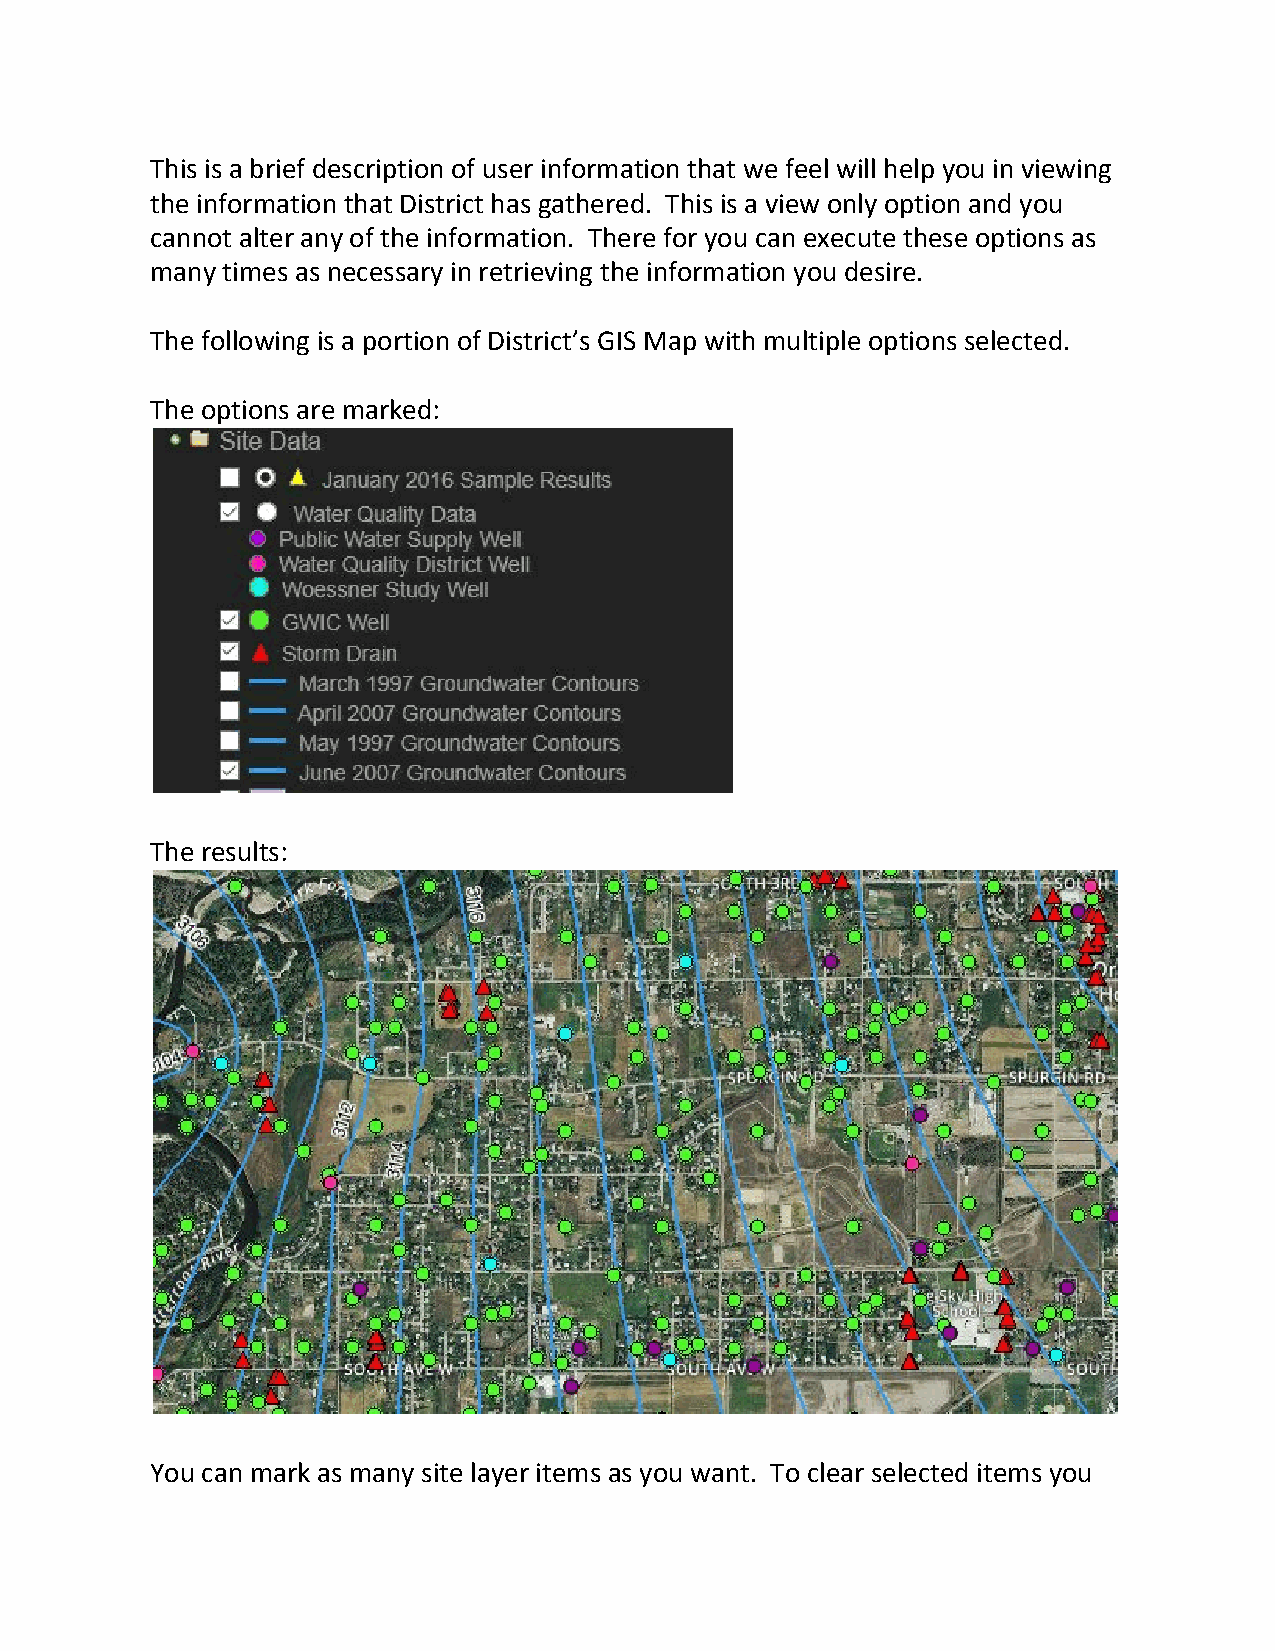
This is a brief description of user information that we feel will help you in viewing
 the information that District has gathered. This is a view only option and you
 cannot alter any of the information. There for you can execute these options as
 many times as necessary in retrieving the information you desire.
 The following is a portion of District’s GIS Map with multiple options selected.
 The options are marked:
 The results:
 You can mark as many site layer items as you want. To clear selected items you